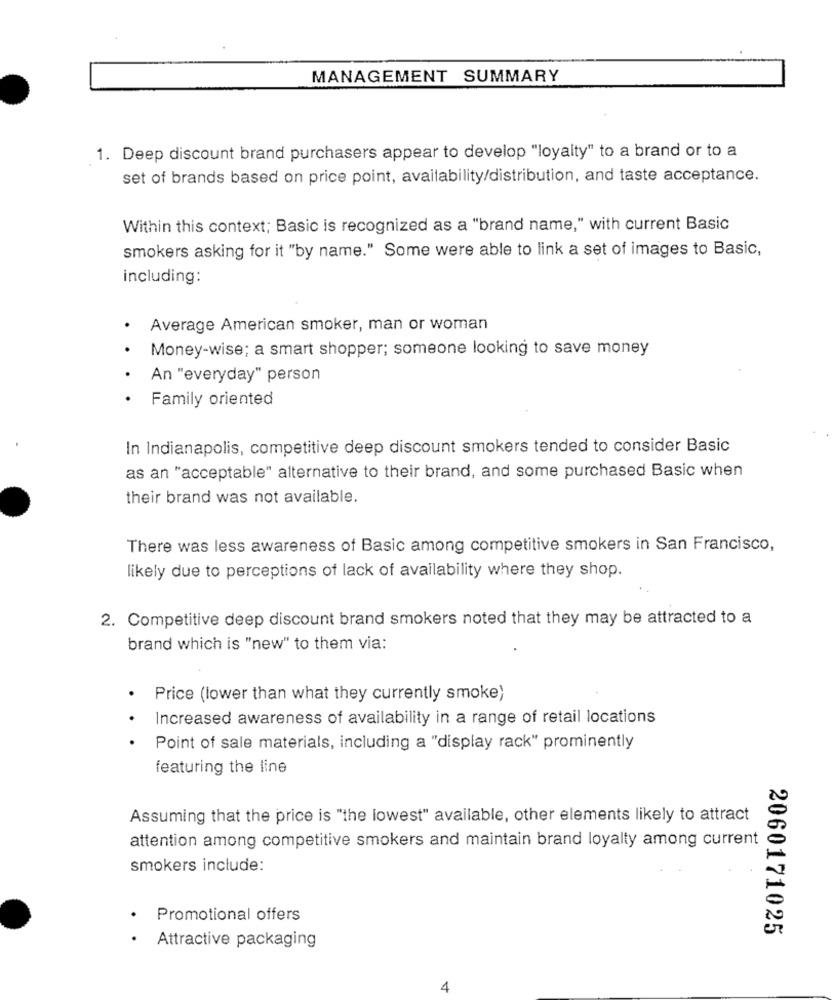
MANAGEMENT SUMMARY
1. Deep discount brand purchasers appear to develop "loyalty" to a brand or to a
set of brands based on price point, availability/distribution, and taste acceptance.
Within this context; Basic is recognized as a "brand name," with current Basic
smokers asking for it "by name." Some were able to link a set of images to Basic,
including:
Average American smoker, man or woman
Money-wise; a smart shopper; someone looking to save money
An "everyday" person
Family oriented
In Indianapolis, competitive deep discount smokers tended to consider Basic
as an "acceptable" alternative to their brand, and some purchased Basic when
their brand was not available.
There was less awareness of Basic among competitive smokers in San Francisco,
likely due to perceptions of lack of availability where they shop.
2. Competitive deep discount brand smokers noted that they may be attracted to a
brand which is "new" to them via:
Price (lower than what they currently smoke)
Increased awareness of availability in a range of retail locations
Point of sale materials, including a "display rack" prominently
featuring the line
Assuming that the price is "the lowest" available, other elements likely to attract
attention among competitive smokers and maintain brand loyalty among current
smokers include:
Promotional offers
2060171025
.
Attractive packaging
4